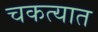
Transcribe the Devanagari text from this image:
चकत्यात